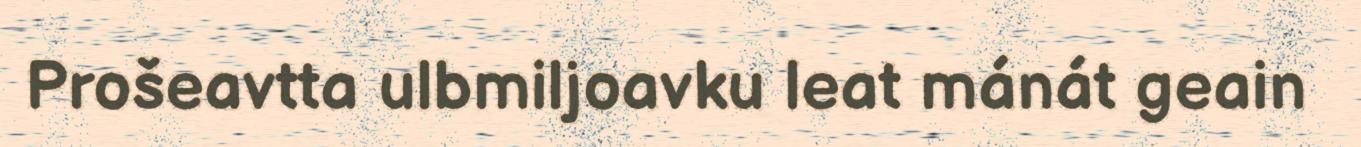
Prošeavtta ulbmiljoavku leat mánát geain